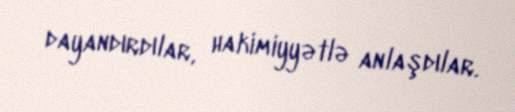
dayandırdılar, hakimiyyətlə anlaşdılar.